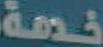
خدمة